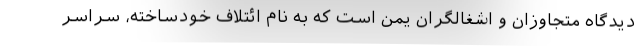
دیدگاه متجاوزان و اشغالگران یمن است که به نام ائتلاف خودساخته، سراسر